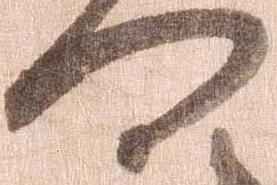
門